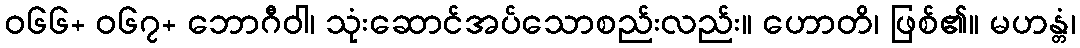
ဝ၆၆+ ဝ၆၇+ ဘောဂီဝါ၊ သုံးဆောင်အပ်သောစည်းလည်း။ ဟောတိ၊ ဖြစ်၏။ မဟန္တံ၊